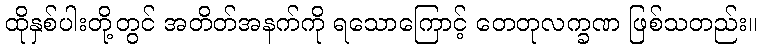
ထိုနှစ်ပါးတို့တွင် အတိတ်အနက်ကို ရသောကြောင့် တေတုလက္ခဏ ဖြစ်သတည်း။